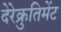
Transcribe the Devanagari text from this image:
देरेक्रुतिमेंट